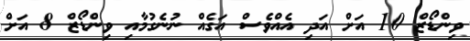
ވިންޑޯޒް 10 އަށް އަދި އެއްވެސް އަގެއް ނުނެގުމާއި ވިންޑޯޒް 8 އަށް